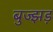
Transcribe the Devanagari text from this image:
बुज्झड़